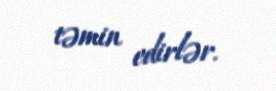
təmin edirlər.